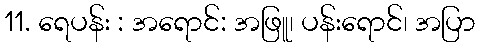
11. ရေပန်း : အရောင်: အဖြူ၊ ပန်းရောင်၊ အပြာ